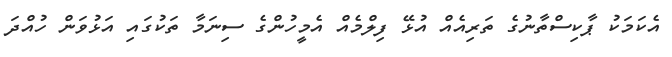
އެކަމަކު ޕާކިސްތާނުގެ ތަރިއެއް އުޅޭ ފިލްމެއް އެމީހުންގެ ސިނަމާ ތަކުގައި އަޅުވަން ހުއްދަ